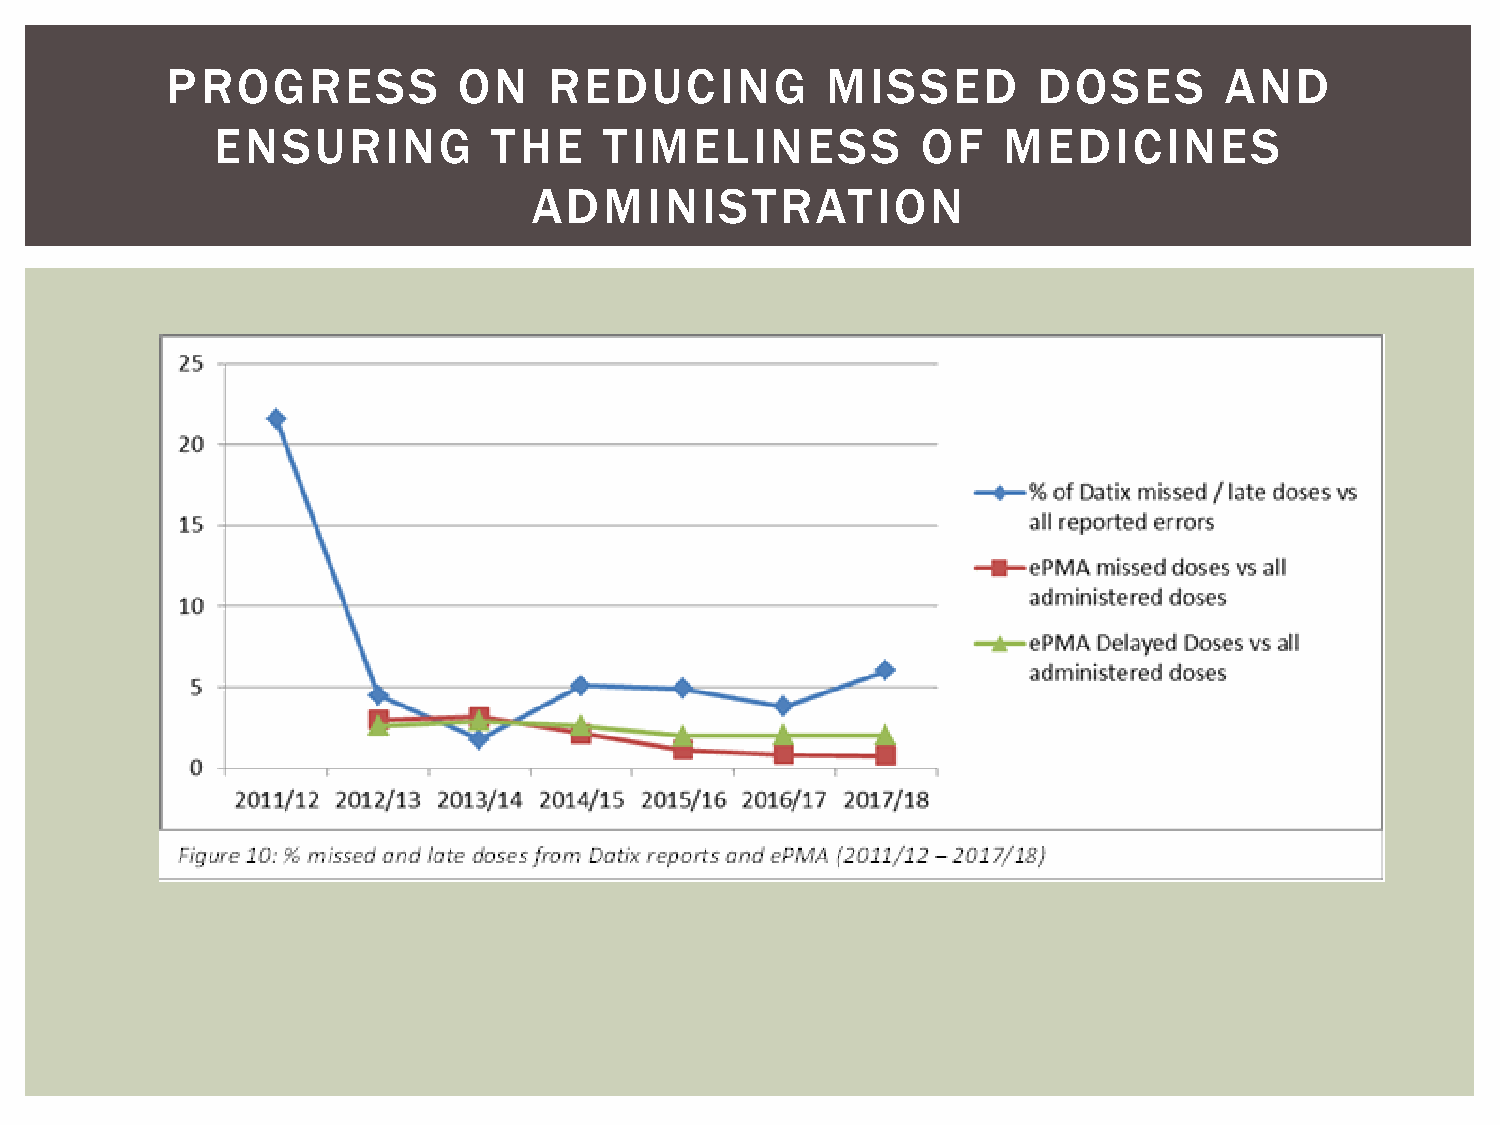
PROGRESS           ON    REDUCING           MISSED        DOSES       AND
 ENSURING           THE    TIMELINESS           OF   MEDICINES
 ADMINISTRATION